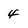
Character: 4